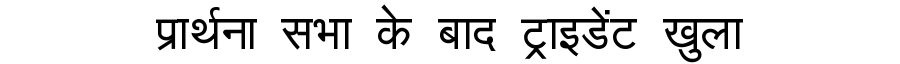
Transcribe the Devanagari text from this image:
प्रार्थना सभा के बाद ट्राइडेंट खुला